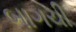
બાગચી